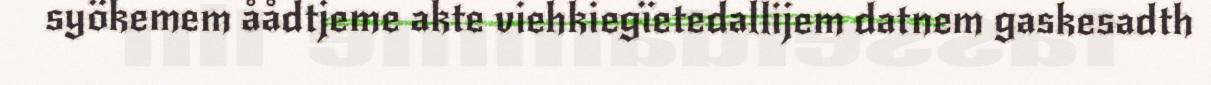
syökemem åådtjeme akte viehkiegïetedallijem datnem gaskesadth